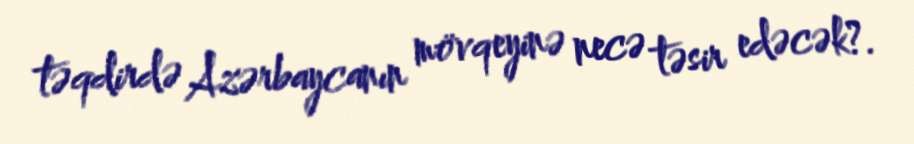
təqdirdə Azərbaycanın mövqeyinə necə təsir edəcək?.